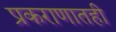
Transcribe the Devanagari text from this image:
प्रकराणातही